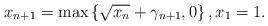
LaTeX: \begin{align*}x_{n+1}=\max \left\{ \sqrt{x_n}+\gamma_{n+1}, 0 \right\}, x_1=1.\end{align*}